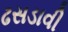
ઢસડાવી